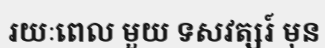
រយៈពេល មួយ ទសវត្សរ៍ មុន